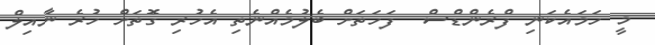
މީ ހަމައެކަނި ފްރެންޑްސް  ފަހަތަށް ބެލުމެއްނެތި އެހުރި ގޮތަށް ހުރެ ނާއިލް